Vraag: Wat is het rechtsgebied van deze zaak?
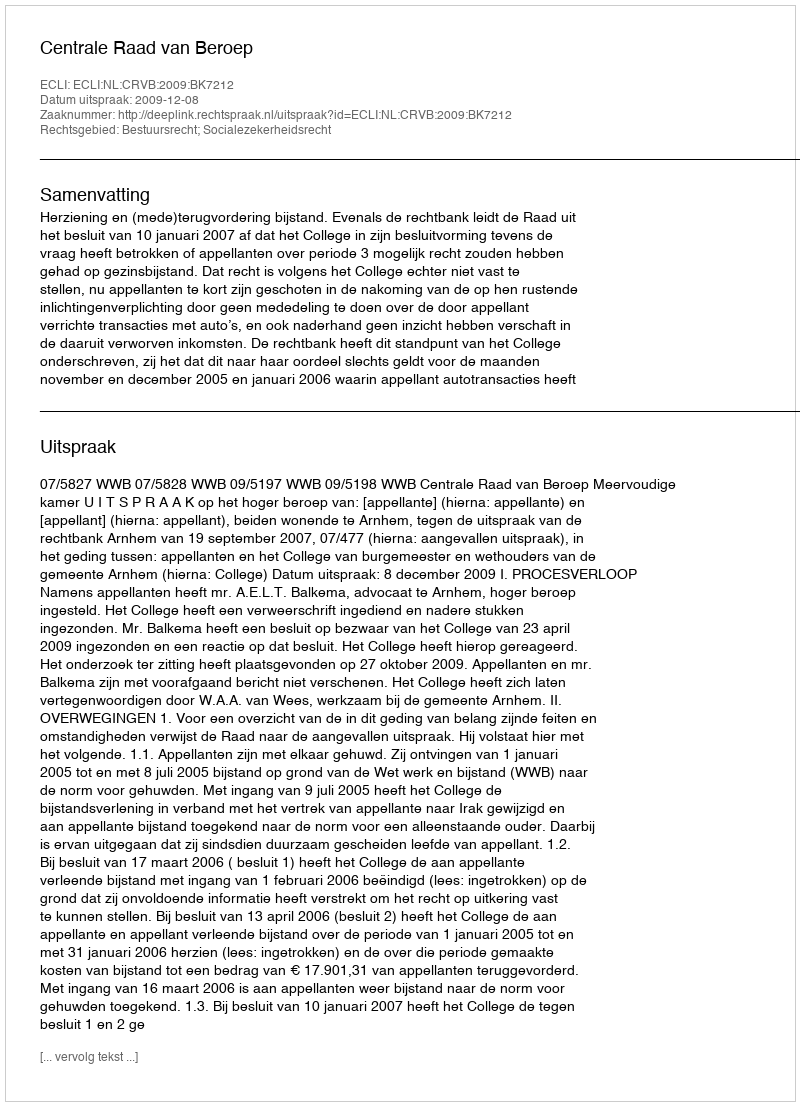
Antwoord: Bestuursrecht; Socialezekerheidsrecht